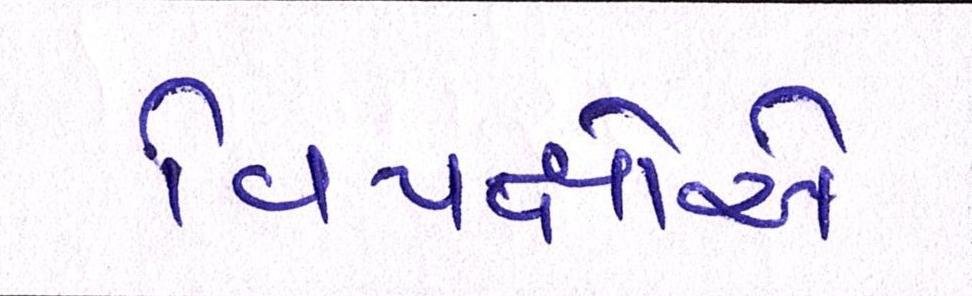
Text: વિપક્ષોએ